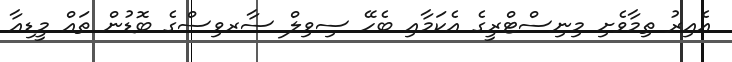
އެއިރު ތިމާވެށި މިނިސްޓްރީގެ އެކަމާއި ބެހޭ ސިވިލް ސާރވިސްގެ ބޮޑުން ތައް މީޑިއާ